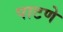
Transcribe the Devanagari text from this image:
पाटणे